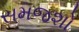
સમજશો